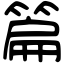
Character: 篇